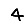
Digit: 4